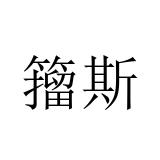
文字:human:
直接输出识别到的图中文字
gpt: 籀斯